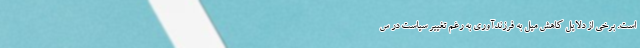
است. برخی از دلایل کاهش میل به فرزند‌آوری به رغم تغییر سیاست در س